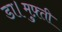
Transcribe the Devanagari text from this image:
डा।मुफ़्ती